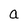
Character: a